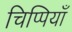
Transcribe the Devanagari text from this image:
चिप्पियाँ